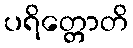
ပရိတ္တောတိ